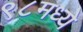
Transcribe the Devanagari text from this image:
९८मध्ये